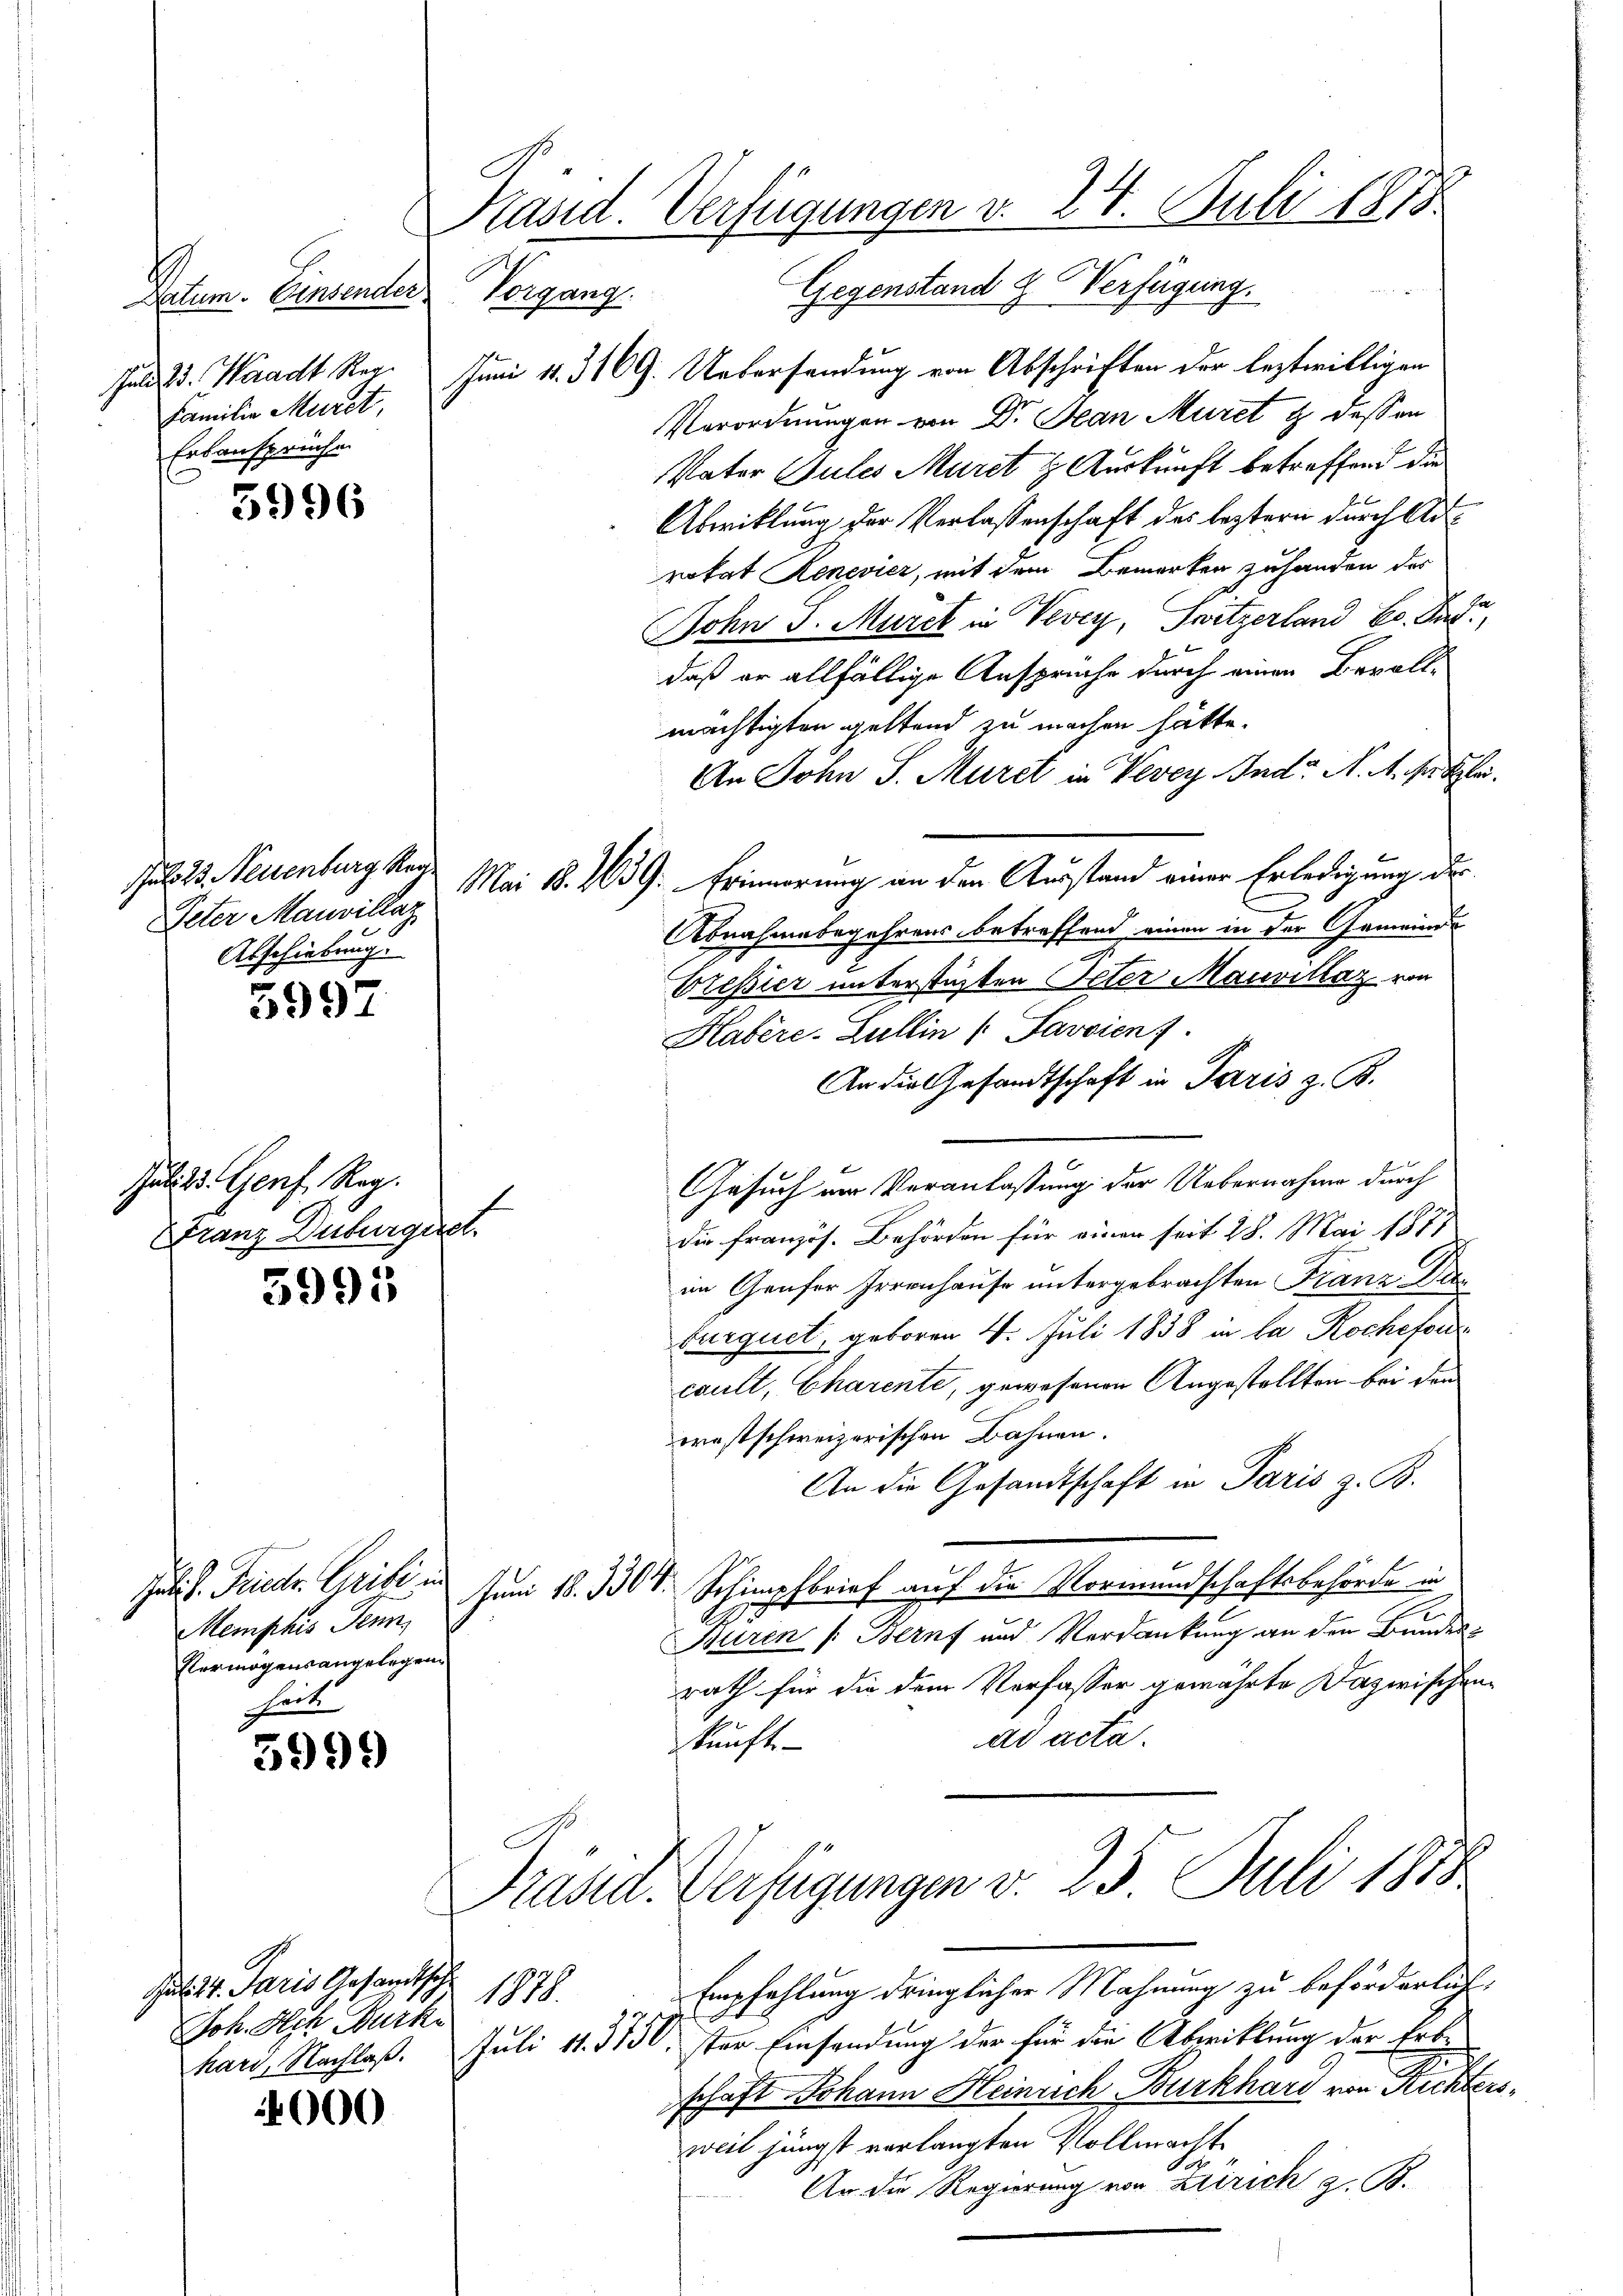
Datum. Einsender
Jul 23. Waadt Reg.
Familie Muret,
Erbansprüche.

5996

Jalo 23. Neisenburg Reg.
Peter Mauvillaz
Abschiebung.

5997

Juli d. Genf. Reg.
Franz Duburguel.

5995

Jat. P. Friedr. Gribi in
Memphis Penn
Vermögensangelegen
hart.

5999

4000

Juli v. Paris Gesandtsch.
Joh. Ach Burk
hari, Nachlaß.

Pasid. Verfügungen v. 24. Juli 1878
Vorgang. Gegenstand & Verfügung.

Juni 11. 319. Uebersendung von Abschriften der leztwilligen
Verordnungen von Dr Jean Muret & dessen
Vater Sules Muret z. Auskunft betreffend die
Abwicklung der Verlassenschaft des leztern durch Adrokat Renevier, mit dem Bemerken zuhanden des
John S. Marck in Vevey, Switzerland C. Fr
daß er allfällige Ansprüche durch einen Bevollmächtigten geltend zu machen hätte.
An John S. Muret in Vevey Indr. A. A. solle.
Mai 18. 239. Erinnerung an den Ausstand einer Erledigung der
Abnahmebegehrens betreffend einen in der Gemeinde
Eressier unterstüzten Peter Mauvillaz von
Kabère-Lullin " Savaienf
An die Gesandtschaft in Paris z. B.
Gesuch im Veranlassung der Uebernahme durch
Die Französ. Behörden für einen seit 28. Mai 1877
in Genfer Irrenhause untergebrachten Franz Deburquet, geboren 4. Juli 1858 in la Rocheford
cault, Charente, gewesenen Angestellten bei den
wrestschweizerischen Bahnen.
An die Gesandtschaft in Paris z. B.
Schimpfbrief auf die Vormundschaftsbehörde in
Juni 18. 1304.
Huren Beruf und Verdankung an den Bundesrath für die dem Verfasser gewährte Dazwischen
ad acta.
kunft.
Präsid. Verfügungen v. 25. Juli 1888
Empfehlung dringlicher Mahnung zu beförderlich.
1878.
Juli 11. 3750. ster Einsendung der für die Abwicklung der Erb-
schaft Johann Heinrich Burkhard von Rechters
weil jüngst verlangten Vollmacht
1
An die Regierung von Zürich z. B.